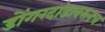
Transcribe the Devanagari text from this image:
डोंगरदांडावरुनच